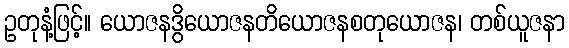
ဥတုနံ့ဖြင့်။ ယောဇနဒွိယောဇနတိယောဇနစတုယောဇန၊ တစ်ယူဇနာ